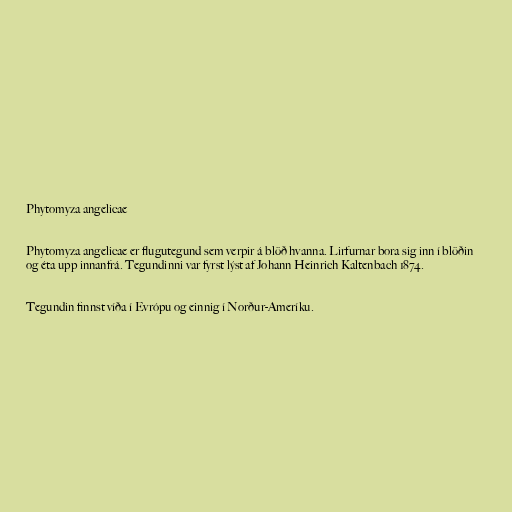
Phytomyza angelicae

Phytomyza angelicae er flugutegund sem verpir á blöð hvanna. Lirfurnar bora sig inn í blöðin
og éta upp innanfrá. Tegundinni var fyrst lýst af Johann Heinrich Kaltenbach 1874.

Tegundin finnst víða í Evrópu og einnig í Norður-Ameríku.